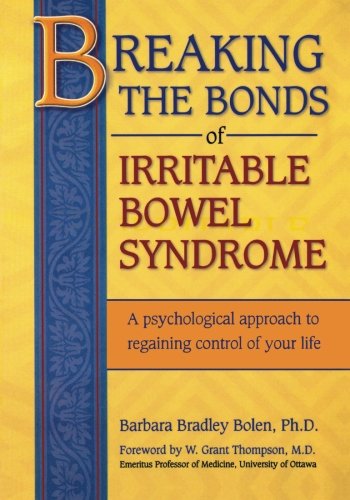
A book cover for Breaking the Bonds of Irritable Bowel Syndrome: A Psychological Approach to Regaining Control of Your Life; Barbara Bradley Bolen Ph.D.; Health, Fitness & Dieting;